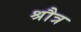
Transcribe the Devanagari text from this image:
श्रौत्र